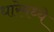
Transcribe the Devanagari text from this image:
धारेमध्ये